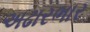
અઢારભાર